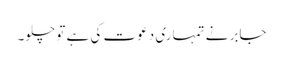
جابر نے تمہاری دعوت کی ہے تو چلو۔